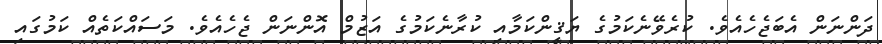
ދަންނަން އެބަޖެހެއެވެ. ކުރެވޭނެކަމުގެ ޔަޤީންކަމާއި ކުރާނެކަމުގެ އަޒުމް އޮންނަން ޖެހެއެވެ. މަސައްކަތެއް ކަމުގައި